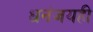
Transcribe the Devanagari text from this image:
धनंजयही